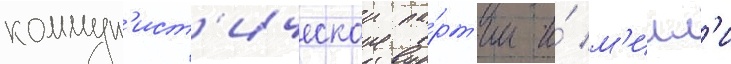
коммун'ист'ическои па́рт'ии и́ м'илл'и